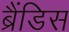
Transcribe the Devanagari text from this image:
ब्रैंडिस